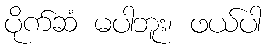
ပိုက်ဆံ မပါဘူး၊ ဖယ်ပါ